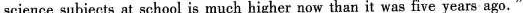
science subjects at school is much higher now than it was five years ago."